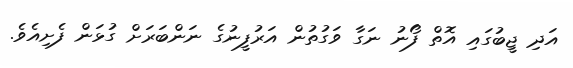
އަދި ޖީބުގައި އޮތް ފޯނު ނަގާ ވަގުތުން އަރުފީނުގެ ނަންބަރަށް ގުޅަން ފެށިއެވެ.